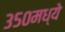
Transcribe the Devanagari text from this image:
३५०मध्ये